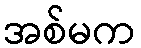
အစ်မက